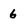
Character: 6